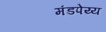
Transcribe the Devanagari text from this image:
मंडपेय्य